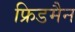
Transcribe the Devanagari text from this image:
फ्रिडमैन